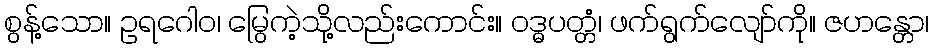
စွန့်သော။ ဥရဂေါဝ၊ မြွေကဲ့သို့လည်းကောင်း။ ဝဒ္ဓပတ္တံ၊ ဖက်ရွက်လျော်ကို။ ဇဟန္တော၊